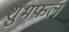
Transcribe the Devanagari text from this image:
शुभफल